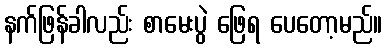
နက်ဖြန်ခါလည်း စာမေးပွဲ ဖြေရ ပေတော့မည်။